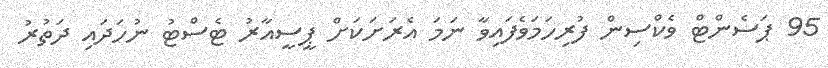
95 ޕަސެންޓް ވެކްސިން ފުރިހަމަވެފައިވާ ނަމަ އެރަށަކަށް ޕީސީއާރު ޓެސްޓު ނުހަދައި ދަތުރު